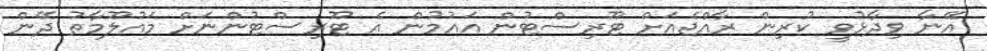
އޭނާ ވިދާޅުވީ ކުރިން ރާއްޖެއަށް ޓޫރިސްޓުން އައުމުން އެ ޓޫރިސްޓުންނަށް މައުލޫމާތު ދޭން